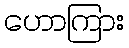
ဟောကြား